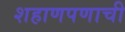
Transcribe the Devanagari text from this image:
शहाणपणाची